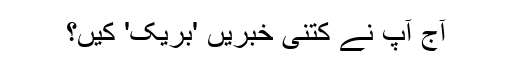
آج آپ نے کتنی خبریں 'بریک' کیں؟